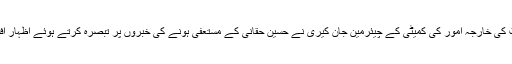
امریکی سینیٹ کی خارجہ امور کی کمیٹی کے چیئرمین جان کیری نے حسین حقانی کے مستعفی ہونے کی خبروں پر تبصرہ کرتے ہوئے اظہار افسوس کیا ہے۔